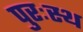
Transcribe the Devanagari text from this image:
पुरःस्थ